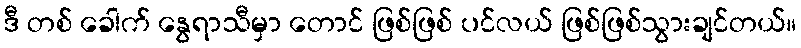
ဒီ တစ် ခေါက် နွေရာသီမှာ တောင် ဖြစ်ဖြစ် ပင်လယ် ဖြစ်ဖြစ်သွားချင်တယ်။